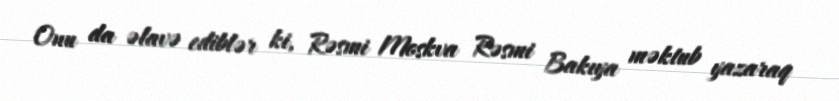
Onu da əlavə ediblər ki, Rəsmi Moskva Rəsmi Bakıya məktub yazaraq